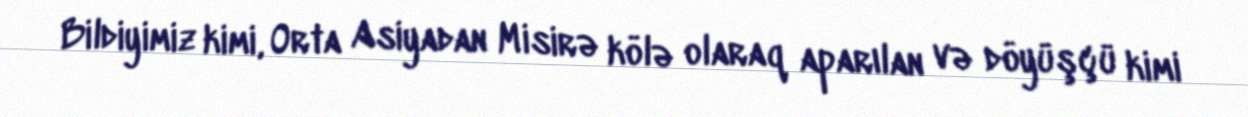
Bildiyimiz kimi, Orta Asiyadan Misirə kölə olaraq aparılan və döyüşçü kimi